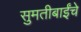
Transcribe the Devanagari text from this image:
सुमतीबाईंचे